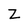
Character: Z